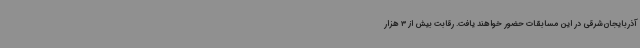
آذربایجان‌شرقی در این مسابقات حضور خواهند یافت. رقابت بیش از 3 هزار